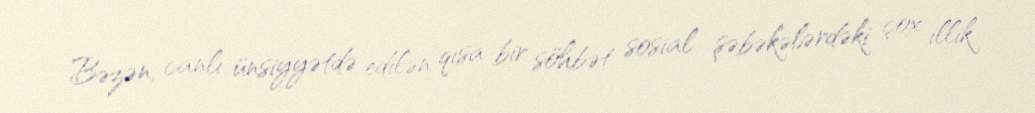
Bəzən, canlı ünsiyyətdə edilən qısa bir söhbət sosial şəbəkələrdəki çox illik